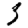
Digit: 3